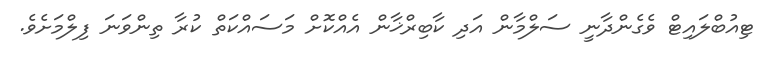
ޓިއުބްލައިޓް ވެގެންދާނީ ސަލްމާން އަދި ކާބިރްޚާން އެއްކޮށް މަސައްކަތް ކުރާ ތިންވަނަ ފިލްމަށެވެ.